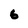
Character: 6